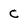
Character: C